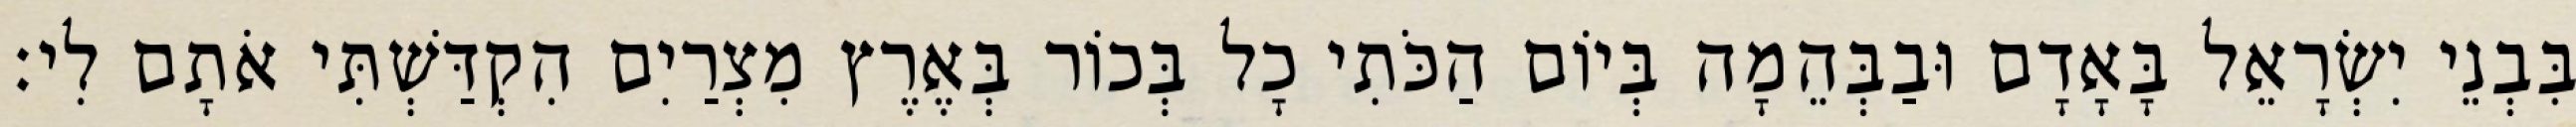
בִּבְנֵי יִשְׂרָאֵל בָּאָדָם וּבַבְּהֵמָה בְּיוֹם הַכֹּתִי כָל בְּכוֹר בְּאֶרֶץ מִצְרַיִם הִקְדַּשְׁתִּי אֹתָם לִי׃